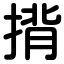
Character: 揹